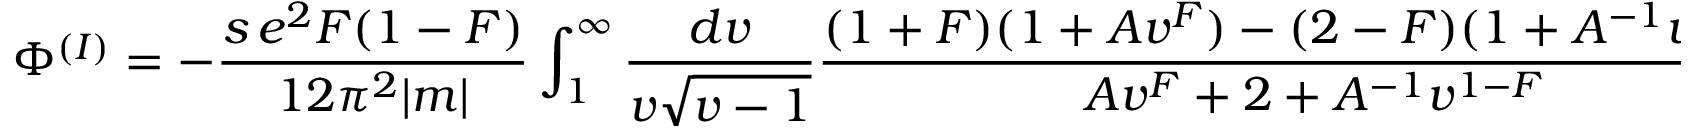
{ \Phi } ^ { ( I ) } = - \frac { s \, e ^ { 2 } F ( 1 - F ) } { 1 2 { \pi } ^ { 2 } | m | } \int _ { 1 } ^ { \infty } \frac { d v } { v { \sqrt { v - 1 } } } \frac { ( 1 + F ) ( 1 + A { v } ^ { F } ) - ( 2 - F ) ( 1 + A ^ { - 1 } v ^ { 1 - F } ) } { A { v } ^ { F } + 2 + A ^ { - 1 } v ^ { 1 - F } } .